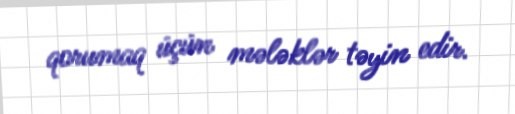
qorumaq üçün mələklər təyin edir.